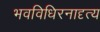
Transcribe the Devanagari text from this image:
भवविधिरनादृत्य